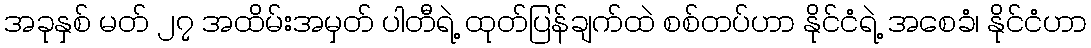
အခုနှစ် မတ် ၂၇ အထိမ်းအမှတ် ပါတီရဲ့ ထုတ်ပြန်ချက်ထဲ စစ်တပ်ဟာ နိုင်ငံရဲ့ အစေခံ၊ နိုင်ငံဟာ